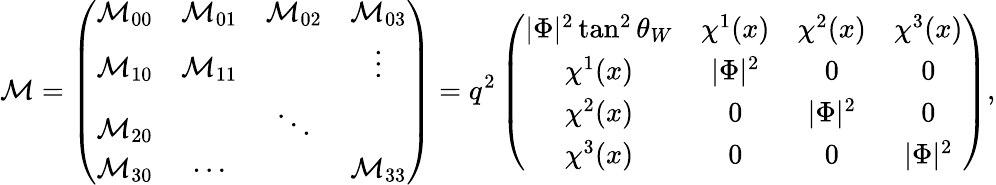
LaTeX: {\cal M}=\left(\begin{array}{cccc}{{{\cal M}_{00}}}&{{{\cal M}_{01}}}&{{{\cal M}_{02}}}&{{{\cal M}_{03}}}\\ {{{\cal M}_{10}}}&{{{\cal M}_{11}}}&{{}}&{{\vdots}}\\ {{{\cal M}_{20}}}&{{}}&{{\ddots}}&{{}}\\ {{{\cal M}_{30}}}&{{\cdots}}&{{}}&{{{\cal M}_{33}}}\end{array}\right)=q^{2}\left(\begin{array}{cccc}{{|\Phi|^{2}\tan^{2}\theta_{W}}}&{{\chi^{1}(x)}}&{{\chi^{2}(x)}}&{{\chi^{3}(x)}}\\ {{\chi^{1}(x)}}&{{|\Phi|^{2}}}&{{0}}&{{0}}\\ {{\chi^{2}(x)}}&{{0}}&{{|\Phi|^{2}}}&{{0}}\\ {{\chi^{3}(x)}}&{{0}}&{{0}}&{{|\Phi|^{2}}}\end{array}\right),